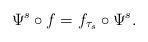
LaTeX: \begin{align*}\Psi^s\circ f=f_{\tau_s}\circ \Psi^s.\end{align*}